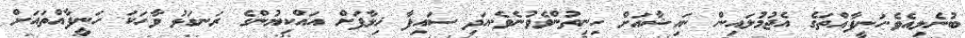
ބުނެލިއެވެ.ހަނީފާއްތަގެ އެޖުމުލައިން ނައިޝާއަށް ހިނިތުންވެވުނެވެ.އަދި ސައިފާ ޚިލާފަށް އައްކިޔުންގެ ރަނގަޅު ވާހަކަ ހަނީފާއްތައަށް